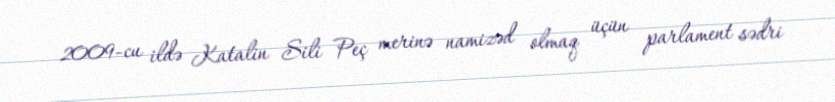
2009-cu ildə Katalin Sili Peç merinə namizəd olmaq üçün parlament sədri